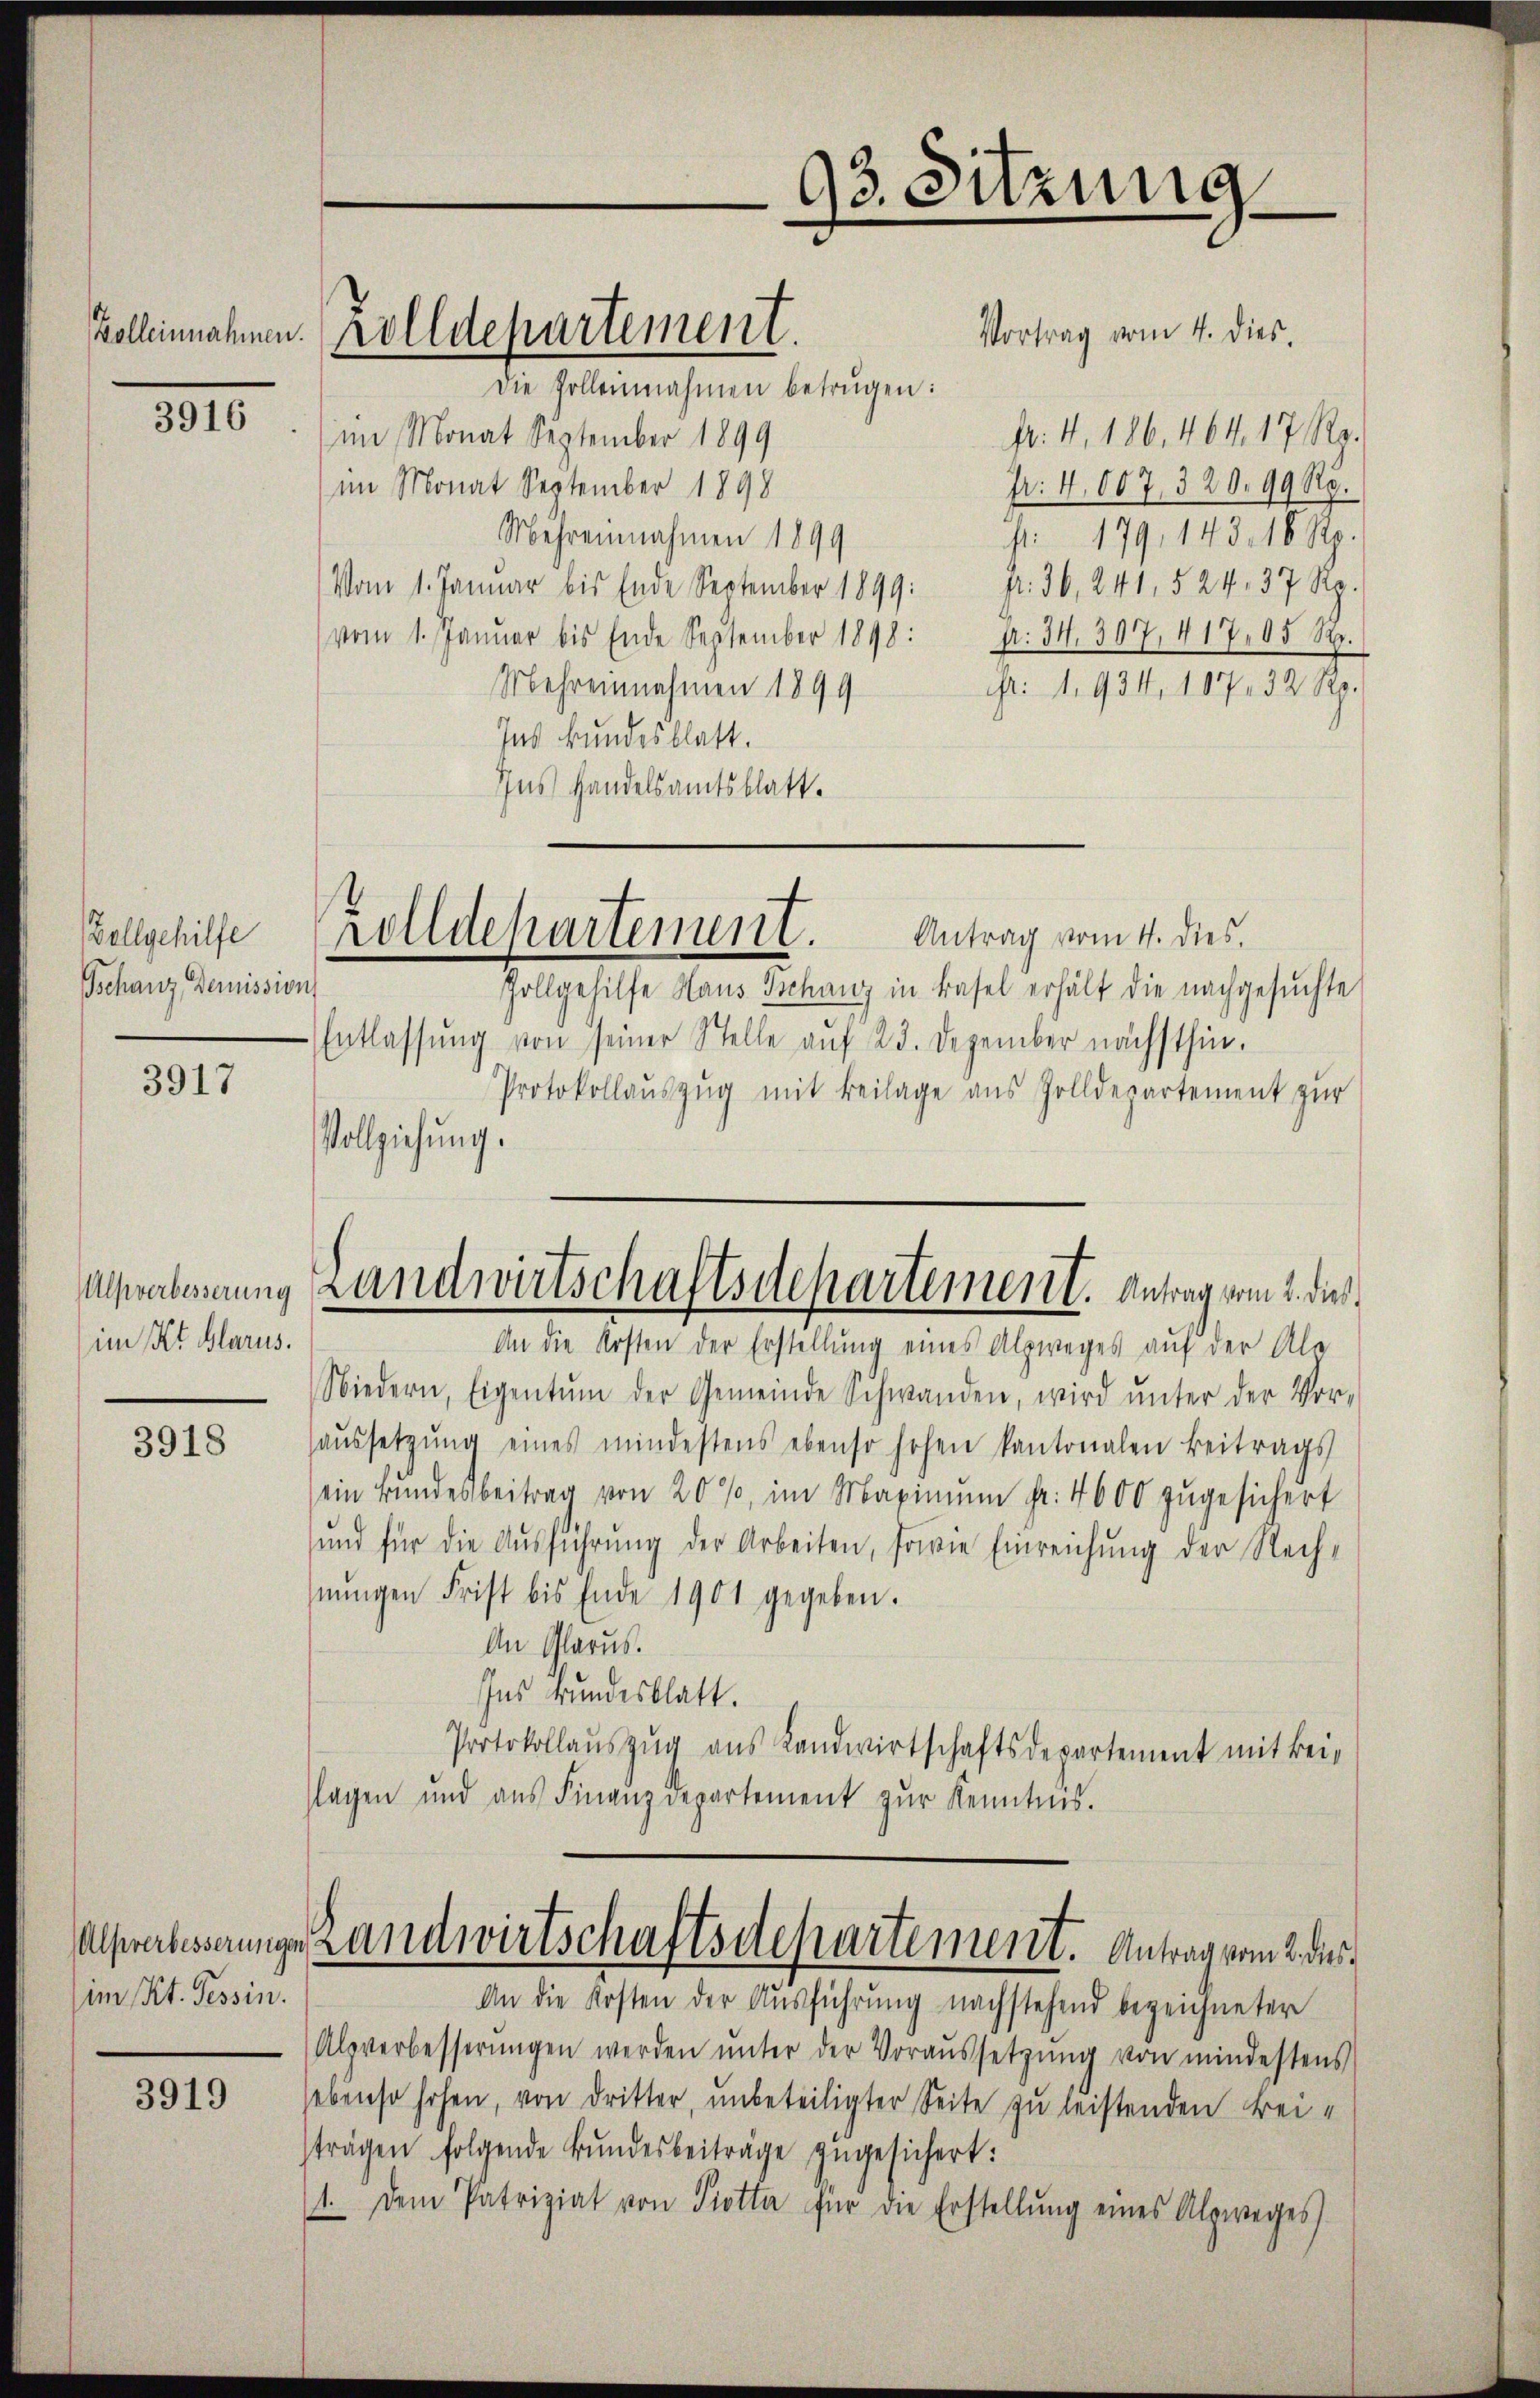
Bolleinnahmen.

3916

Zollgehilfe
Tschanz Demission,

3917

im Kt. Glarus.

3918

(im Kt. Tessin.

3919

Vortrag vom 4. dies.
Die Zollennahmen betrügen:
fr. 4. 186, 464. 17 Ro.
im Monat September 1899
im Monat September 1898
N: 4,007, 320. 99 Rp.
Mehreinnahmen 1899
G. 179, 143. 18 Rp.
Vom 1. Januar bis Ende September 1899 Fr. 36, 241. 524. 37 Rp.
(vom 1. Januar bis Ende September 1898: Fr. 34. 307. 417, 65 S.
Mehreinnahmen 1899
i: 1. 934, 107, 32 Rp.
Ins Bundesblatt.
Ins Handelsamtsblatt.

Zolldepartement.

93. Sitzung

rolldepartement. Antrag vom 4. dies.

Zollgehilfe Haus Tschanz in Basel erhält die nachgesuchte
Entlassung von seiner Stelle auf 23. Dezember nächsthin.
Protokollauszug mit Beilage aus Zolldepartement zur
Vollziehung.

An die Kosten der Erstellung eines Alpweges auf der Ale
Niedern, Eigentum der Gemeinde Schwanden, wird ŭnter der Vor-
haŭssetzŭng eines mindestens ebenso hohen kantonalen Beitrags
ein Bŭndesbeitrag von 20%, im Maximŭm fr. 4600 zŭgesichert
ŭnd für die Aŭsführŭng der Arbeiten, sowie Einreichung der Rechnŭngen Frist bis Ende 1901 gegeben.
An Glarus.
Ins Bundesblatt.
Protokollauszug aus Landwirtschaftsdepartement mit Beilagen und aŭs Finanzdepartement zŭr Kenntnis.

Alsrabesserung Landwirtschaftsdepartement. Antrag vom 2. dies

Alpverbesserŭngen werden ŭnter der Voraŭssetzŭng von mindestens
sebenso hohen, von dritter, unbeteiligter Seite zu leistenden Beisträgen folgende Bundesbeiträge zugesichert:
1. Dem Patriziat von Piotta für die Erstellŭng eines Alpweges

Alsverbesserungen Landwirtschaftsdepartement. Antrag vom 2. des
An die Kosten der Ausführung nachstehend bezeichneter